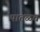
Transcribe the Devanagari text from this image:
पातळच